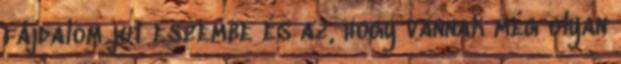
fájdalom jut eszembe és az, hogy vannak még olyan